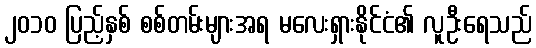
၂၀၁၀ ပြည့်နှစ် စစ်တမ်းများအရ မလေးရှားနိုင်ငံ၏ လူဦးရေသည်